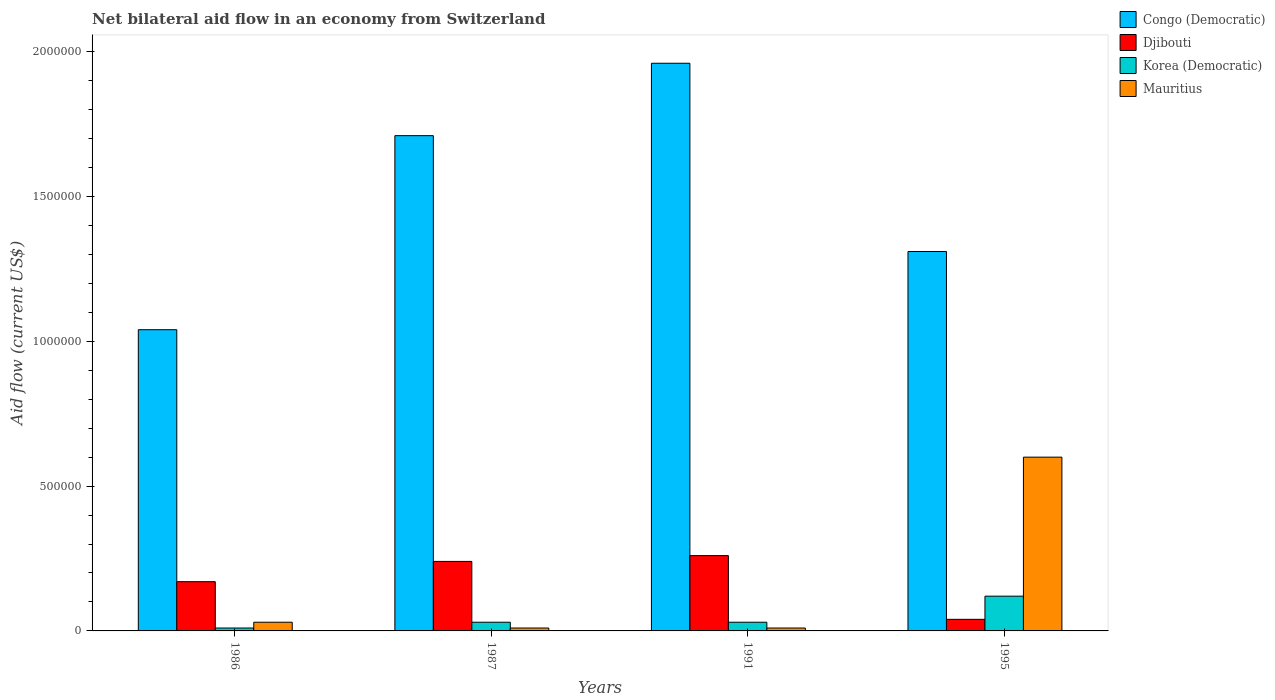
| Years | Congo (Democratic) | Djibouti | Korea (Democratic) | Mauritius |
 | --- | --- | --- | --- | --- |
 | 1986 | 1.04e+06 | 1.7e+05 | 1e+04 | 3e+04 |
 | 1987 | 1.71e+06 | 2.4e+05 | 3e+04 | 1e+04 |
 | 1991 | 1.96e+06 | 2.6e+05 | 3e+04 | 1e+04 |
 | 1995 | 1.31e+06 | 4e+04 | 1.2e+05 | 6e+05 |